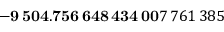
\mathbf { - 9 \, 5 0 4 . 7 5 6 \, 6 4 8 \, 4 3 4 \, 0 0 } 7 \, 7 6 1 \, 3 8 5